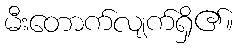
မီးတောက်လျက်ရှိ၏။